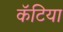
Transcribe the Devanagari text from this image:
कॅटिया